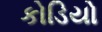
કોડિયો